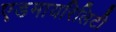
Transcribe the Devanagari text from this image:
एडमायरिलिटी